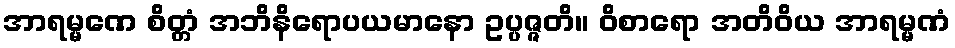
အာရမ္မဏေ စိတ္တံ အဘိနိရောပယမာနော ဥပ္ပဇ္ဇတိ။ ဝိစာရော အတိဝိယ အာရမ္မဏံ